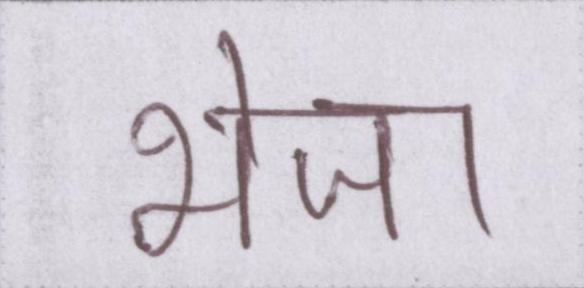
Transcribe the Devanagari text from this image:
भेजा